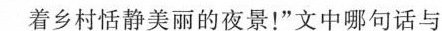
着乡村恬静美丽的夜景！”文中哪句话与